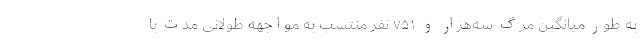
به طور میانگین مرگ سه‌هزار و ۷۵۱ نفر منتسب به مواجهه طولانی مدت با